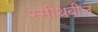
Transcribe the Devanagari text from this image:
स्मीथबील